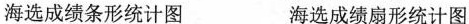
海选成绩条形统计图 海选成绩扇形统计图